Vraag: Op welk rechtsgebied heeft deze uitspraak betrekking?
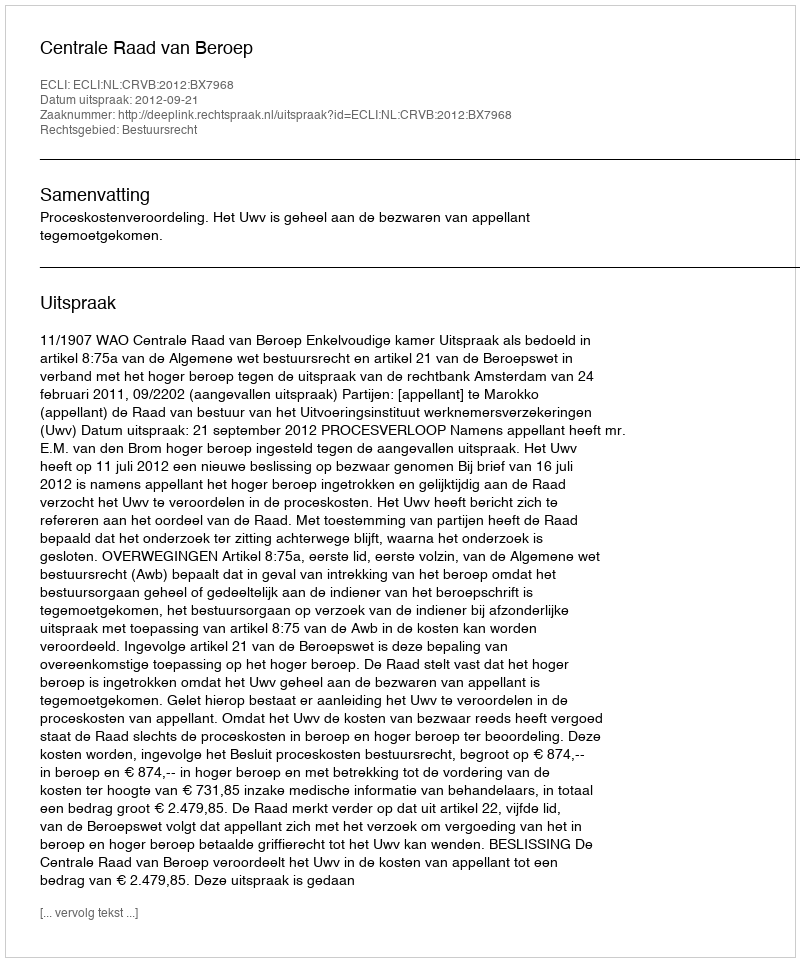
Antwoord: Bestuursrecht